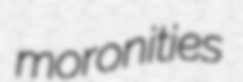
moronities